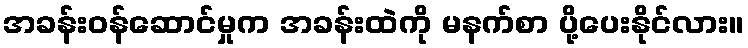
အခန်းဝန်ဆောင်မှုက အခန်းထဲကို မနက်စာ ပို့ပေးနိုင်လား။